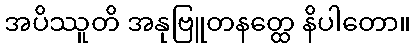
အပိဿူတိ အနုဗြူတနတ္ထေ နိပါတော။